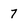
Character: 7